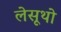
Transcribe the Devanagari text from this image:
लेसूथो